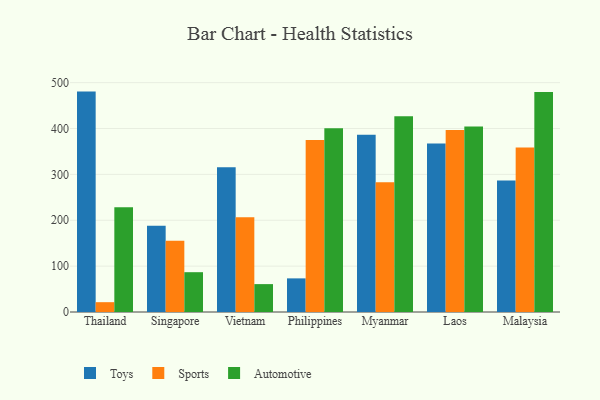
{"axis": {"x": "Country", "y": "Gross Profit (USD K)"}, "legend": ["Automotive", "Sports", "Toys"], "data": [{"x": "Thailand", "y": 480.5, "type": "Toys"}, {"x": "Thailand", "y": 21.4, "type": "Sports"}, {"x": "Thailand", "y": 228.5, "type": "Automotive"}, {"x": "Singapore", "y": 188.2, "type": "Toys"}, {"x": "Singapore", "y": 155.3, "type": "Sports"}, {"x": "Singapore", "y": 86.8, "type": "Automotive"}, {"x": "Vietnam", "y": 315.4, "type": "Toys"}, {"x": "Vietnam", "y": 206.4, "type": "Sports"}, {"x": "Vietnam", "y": 60.8, "type": "Automotive"}, {"x": "Philippines", "y": 73.3, "type": "Toys"}, {"x": "Philippines", "y": 375.2, "type": "Sports"}, {"x": "Philippines", "y": 400.6, "type": "Automotive"}, {"x": "Myanmar", "y": 386.6, "type": "Toys"}, {"x": "Myanmar", "y": 283.0, "type": "Sports"}, {"x": "Myanmar", "y": 427.0, "type": "Automotive"}, {"x": "Laos", "y": 367.2, "type": "Toys"}, {"x": "Laos", "y": 397.0, "type": "Sports"}, {"x": "Laos", "y": 404.2, "type": "Automotive"}, {"x": "Malaysia", "y": 286.9, "type": "Toys"}, {"x": "Malaysia", "y": 358.8, "type": "Sports"}, {"x": "Malaysia", "y": 479.9, "type": "Automotive"}]}